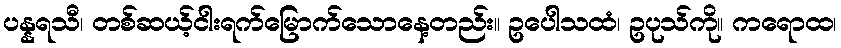
ပန္နရသီ၊ တစ်ဆယ့်ငါးရက်မြောက်သောနေ့တည်း။ ဥပေါသထံ၊ ဥပုသ်ကို။ ကရောထ၊